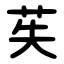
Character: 苵